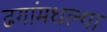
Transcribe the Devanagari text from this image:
ढगांमधल्या